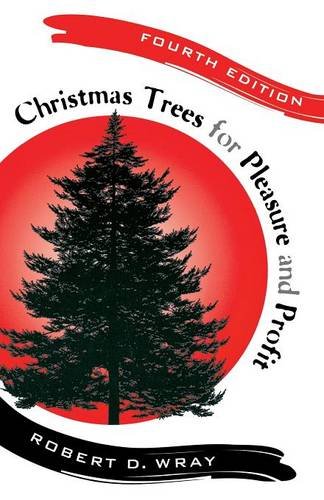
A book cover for Christmas Trees for Pleasure and Profit: Christmas Trees for Pleasure and Profit, Fourth Edition; Robert Wray; Business & Money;